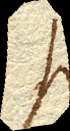
si